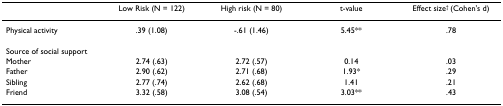
|  | Low Risk (N = 122) | High risk (N = 80) | t-value | Effect size† (Cohen's d) |
 | --- | --- | --- | --- | --- |
 | Physical activity | .39 (1.08) | -.61 (1.46) | 5.45** | .78 |
 | Source of social support |  |  |  |  |
 | Mother | 2.74 (.63) | 2.72 (.57) | 0.14 | .03 |
 | Father | 2.90 (.62) | 2.71 (.68) | 1.93* | .29 |
 | Sibling | 2.77 (.74) | 2.62 (.68) | 1.41 | .21 |
 | Friend | 3.32 (.58) | 3.08 (.54) | 3.03** | .43 |